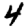
Digit: 4